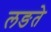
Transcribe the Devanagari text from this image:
लङते